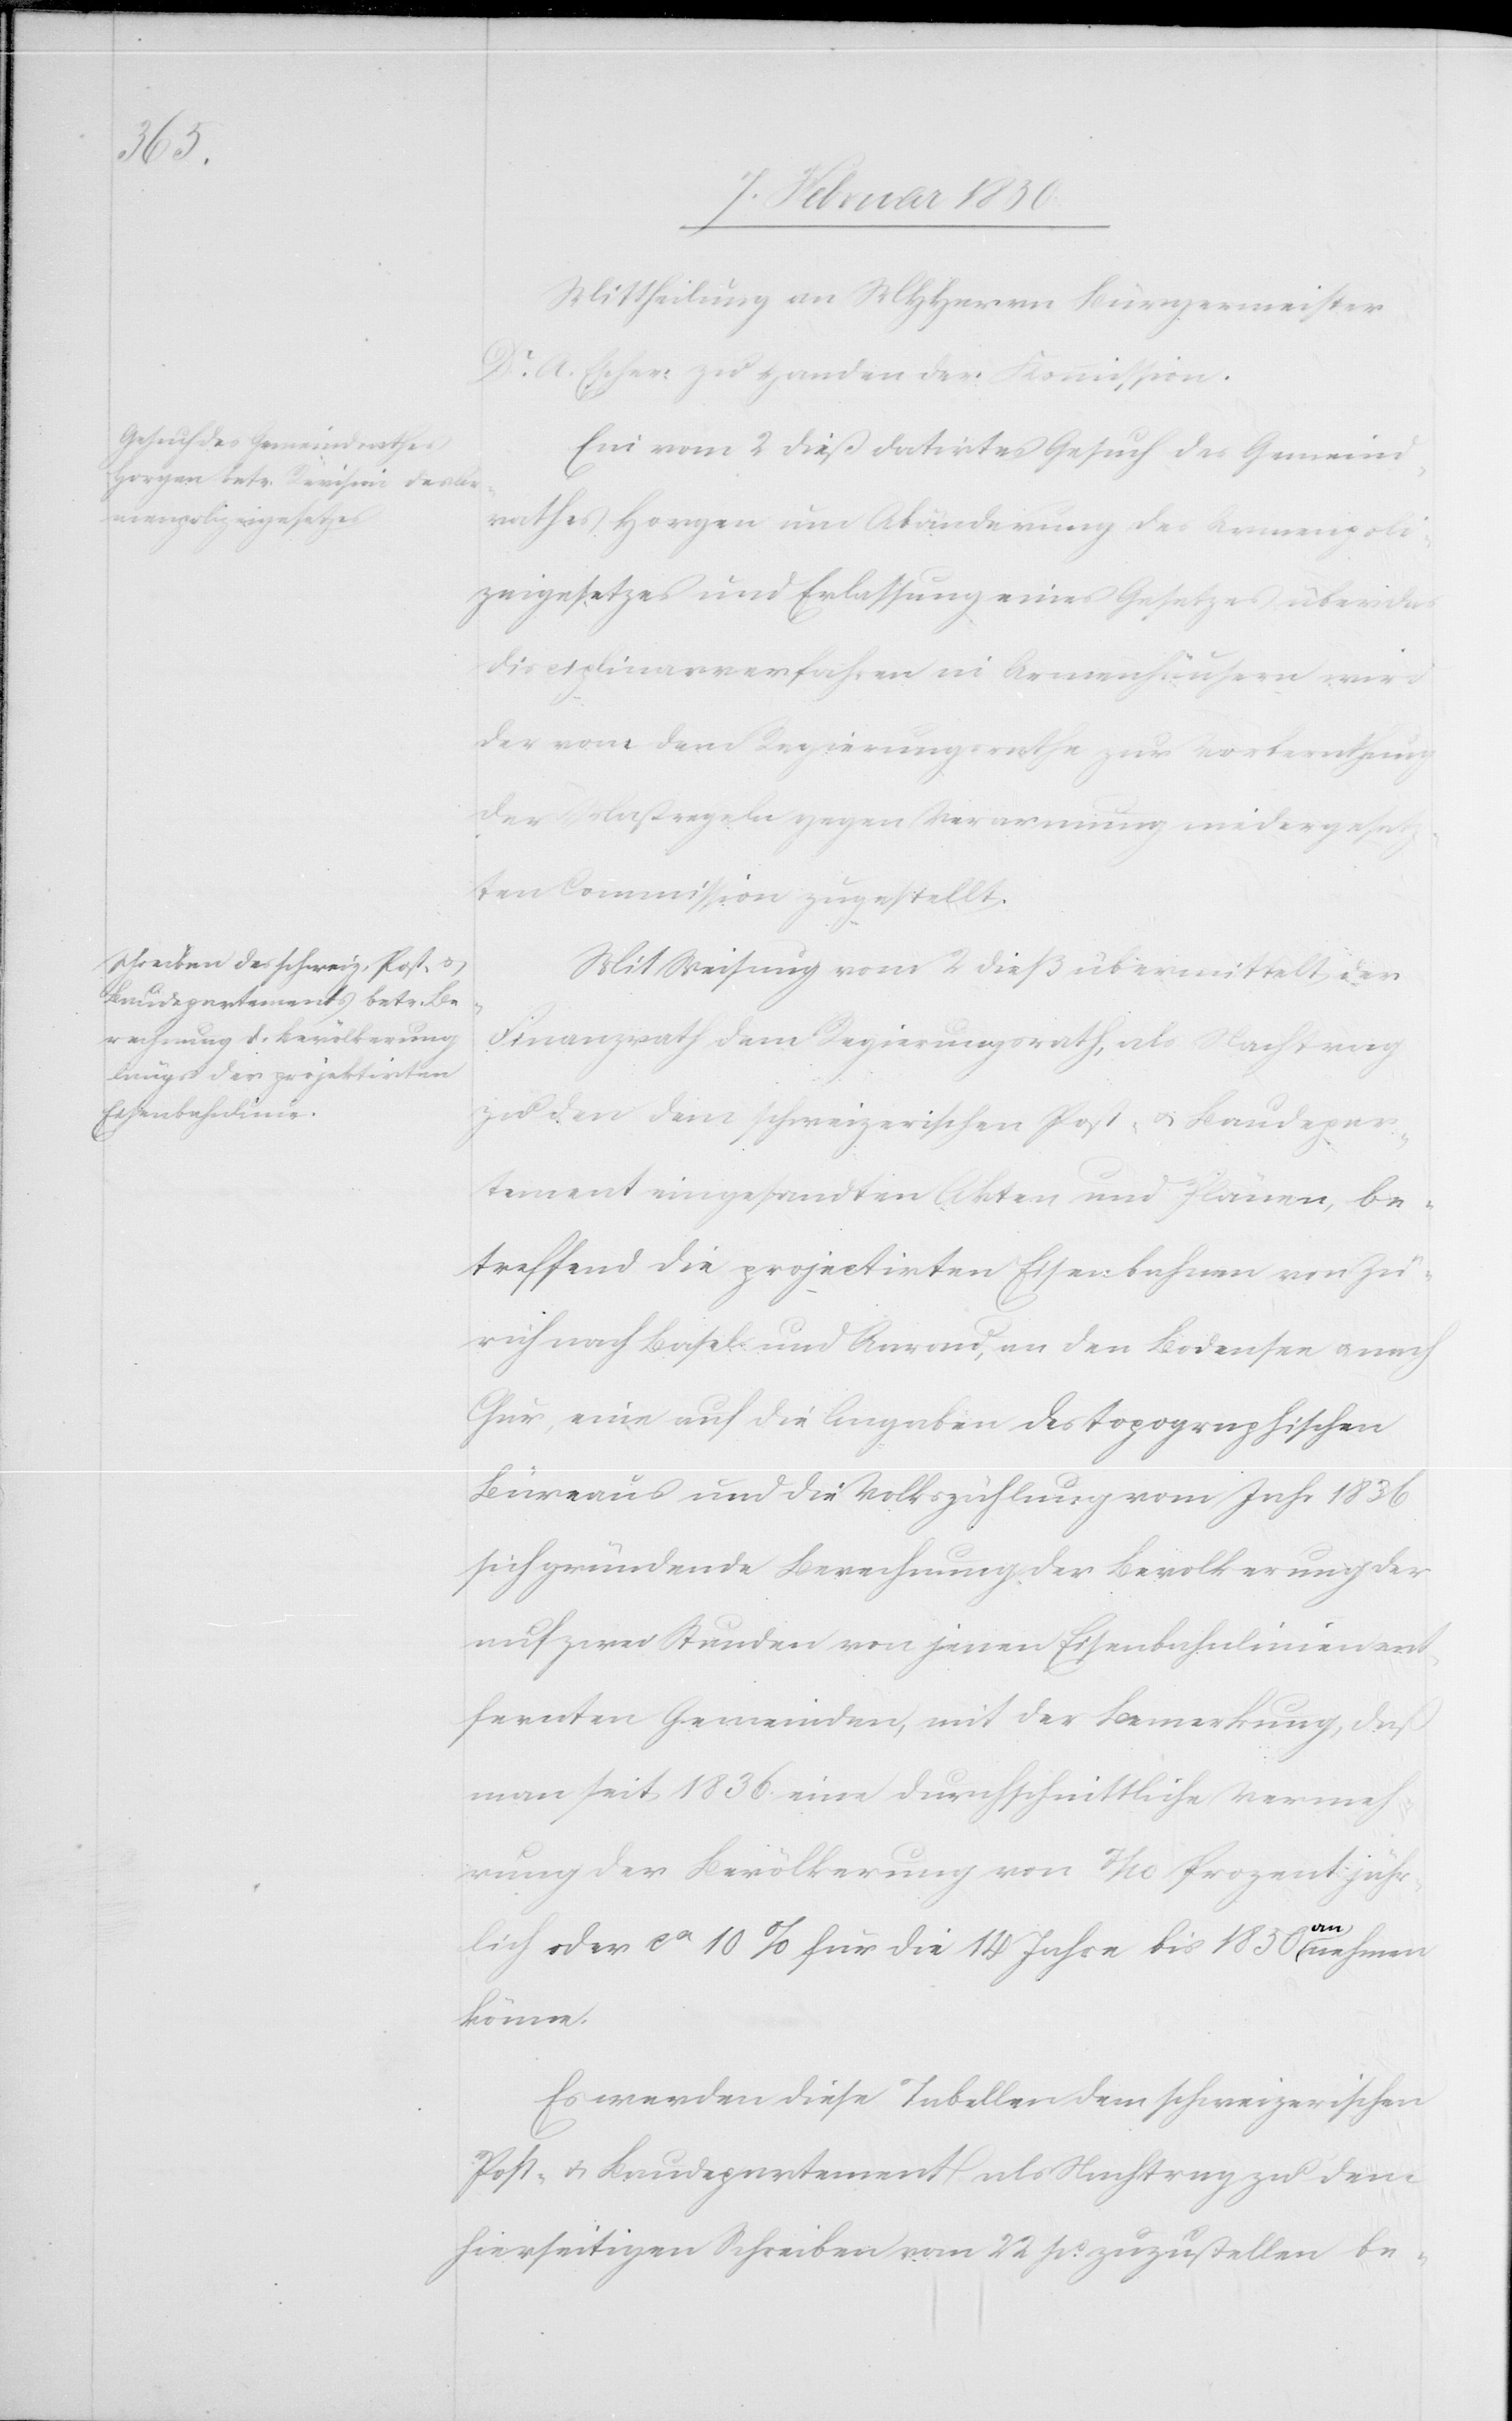
Mittheilung an MHHerrn Bürgermeister
Dr A. Escher zu Handen der Kommission.
Ein vom 2 dieß datirtes Gesuch des Gemeind¬
rathes Horgen um Abänderung des Armenpoli¬
zeigesetzes und Erlassung eines Gesetzes über das
Disciplinarverfahren in Armenhäusern wird
der von dem Regierungsrathe zur Vorberathung
der Maßregeln gegen Verarmung niedergese¬
tzten Commission zugestellt.
Mit Weisung vom 2 dieß übermittelt der
Finanzrath dem Regierungsrath, als Nachtrag
zu den dem schweizerischen Post- u. Baudepar¬
tement eingesandten Akten und Plänen, be¬
treffend die projectirten Eisenbahnen von Zü¬
rich nach Basel und Aarau, an den Bodensee u. nach
Chur, eine auf die Angaben des topographischen
Büreaus und die Volkszählung vom Jahr 1836
sich gründende Berechnung der Bevölkerung der
auf zwei Stunden von jenen Eisenbahnlinien ent¬
fernten Gemeinden, mit der Bemerkung, daß
man seit 1836 eine durchschnittliche Vermeh¬
rung der Bevölkerung von 7/10 Prozent jähr¬
lich oder ca 10 % für die 14 Jahre bis 1850 annehmen
könne.
Es werden diese Tabellen dem schweizerischen
Post- u. Baudepartement als Nachtrag zu dem
hierseitigen Schreiben vom 22 po. zuzustellen be-